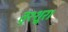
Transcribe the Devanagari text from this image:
तृश्शूर।